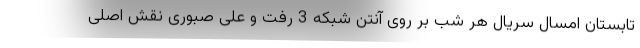
تابستان امسال سریال هر شب بر روی آنتن شبکه 3 رفت و علی صبوری نقش اصلی